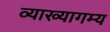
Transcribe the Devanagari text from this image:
व्याख्यागम्य